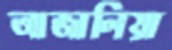
আজালিয়া